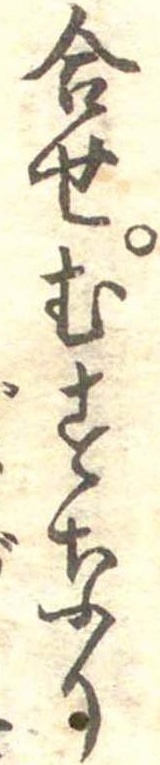
合せむすなり